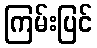
ကြမ်းပြင်